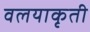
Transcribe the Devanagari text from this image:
वलयाकृती